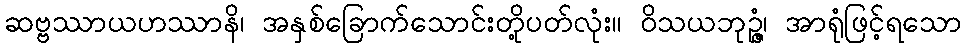
ဆဗ္ဗဿာယဟဿာနိ၊ အနှစ်ခြောက်သောင်းတို့ပတ်လုံး။ ဝိသယဘုဉ္ဇံ၊ အာရုံဖြင့်ရသော